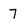
Character: 7